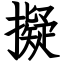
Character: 擬